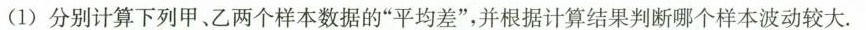
(1)分别计算下列甲、乙两个样本数据的“平均差”，并根据计算结果判断哪个样本波动较大。